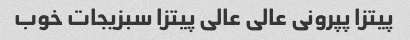
پیتزا پپرونی عالی عالی پیتزا سبزیجات خوب